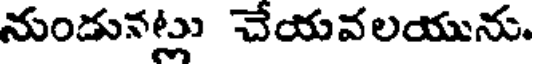
నుండునట్లు చేయవలయును.